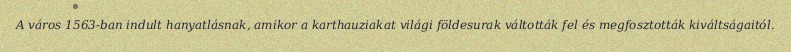
A város 1563-ban indult hanyatlásnak, amikor a karthauziakat világi földesurak váltották fel és megfosztották kiváltságaitól.